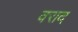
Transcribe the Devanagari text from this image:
वराद